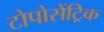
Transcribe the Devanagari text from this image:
टोपोसेंट्रिक